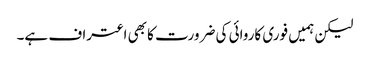
لیکن ہمیں فوری کاروائی کی ضرورت کا بھی اعتراف ہے۔